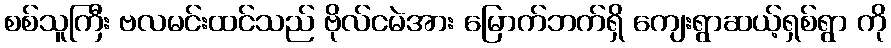
စစ်သူကြီး ဗလမင်းထင်သည် ဗိုလ်ငမဲအား မြောက်ဘက်ရှိ ကျေးရွာဆယ့်ရှစ်ရွာ ကို